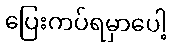
ပြေးကပ်ရမှာပေါ့